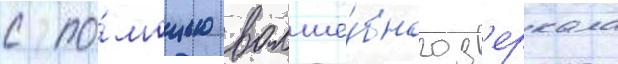
с по́мощью волше́бного з'еркала